Report of the Indian Hemp Drugs Commission, 1894-1895 - Volume IV
Year: 1894
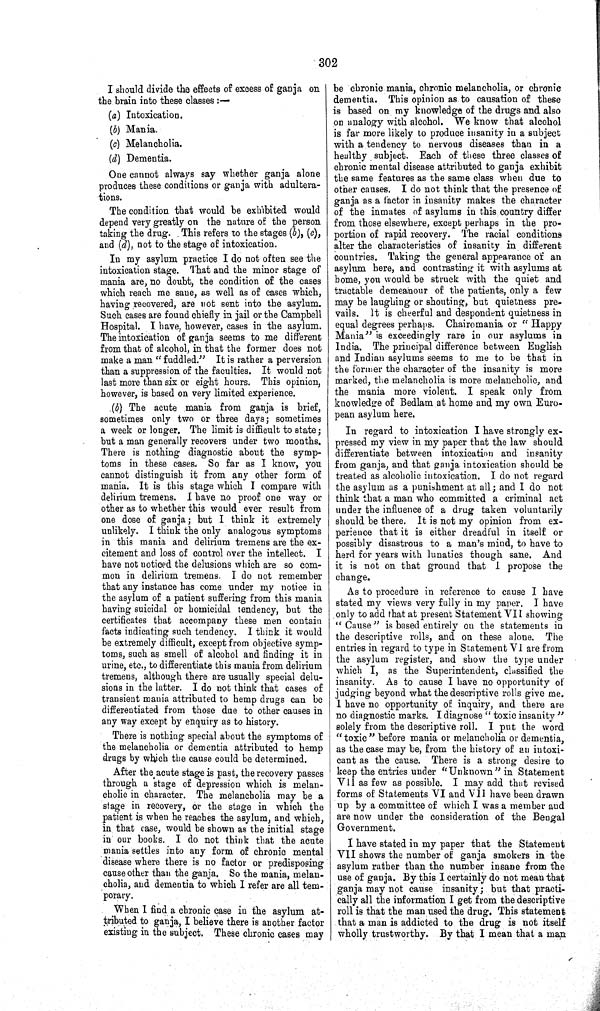
302
I should divide the effects of excess of ganja on
the brain into these classes:—
(a) Intoxication.
(b) Mania.
(c) Melancholia.
(d) Dementia.
One cannot always say whether ganja alone
produces these conditions or ganja with adultera-
tions.
The condition that would be exhibited would
depend very greatly on the nature of the person
taking the drug. This refers to the stages (b), (c),
and (d), not to the stage of intoxication.
In my asylum practice I do not often see the
intoxication stage. That and the minor stage of
mania are, no doubt, the condition of the cases
which reach me sane, as well as of cases which,
having recovered, are not sent into the asylum.
Such cases are found chiefly in jail or the Campbell
Hospital. I have, however, cases in the asylum.
The intoxication of ganja seems to me different
from that of alcohol, in that the former does not
make a man "fuddled." It is rather a perversion
than a suppression of the faculties. It would not
last more than six or eight hours. This opinion,
however, is based on very limited experience.
(b) The acute mania from ganja is brief,
sometimes only two or three days; sometimes
a week or longer. The limit is difficult to state;
but a man generally recovers under two months.
There is nothing diagnostic about the symp-
toms in these cases. So far as I know, you
cannot distinguish it from any other form of
mania. It is this stage which I compare with
delirium tremens. I have no proof one way or
other as to whether this would ever result from
one dose of ganja; but I think it extremely
unlikely. I think the only analogous symptoms
in this mania and delirium tremens are the ex-
citement and loss of control over the intellect. I
have not noticed the delusions which are so com-
mon in delirium tremens. I do not remember
that any instance has come under my notice in
the asylum of a patient suffering from this mania
having suicidal or homicidal tendency, but the
certificates that accompany these men contain
facts indicating such tendency. I think it would
be extremely difficult, except from objective symp-
toms, such as smell of alcohol and finding it in
urine, etc., to differentiate this mania from delirium
tremens, although there are usually special delu-
sions in the latter. I do not think that cases of
transient mania attributed to hemp drugs can be
differentiated from those due to other causes in
any way except by enquiry as to history.
There is nothing special about the symptoms of
the melancholia or dementia attributed to hemp
drugs by which the cause could be determined.
After the acute stage is past, the recovery passes
through a stage of depression which is melan-
cholic in character. The melancholia may be a
stage in recovery, or the stage in which the
patient is when he reaches the asylum, and which,
in that case, would be shown as the initial stage
in our books. I do not think that the acute
mania settles into any form of chronic mental
disease where there is no factor or predisposing
cause other than the ganja. So the mania, melan-
cholia, and dementia to which I refer are all tem-
porary.
When I find a chronic case in the asylum at-
tributed to ganja, I believe there is another factor
existing in the subject. These chronic cases may
be chronic mania, chronic melancholia, or chronic
dementia. This opinion as to causation of these
is based on my knowledge of the drugs and also
on analogy with alcohol. We know that alcohol
is far more likely to produce insanity in a subject
with a tendency to nervous diseases than in a
healthy subject. Each of these three classes of
chronic mental disease attributed to ganja exhibit
the same features as the same class when due to
other causes. I do not think that the presence of
ganja as a factor in insanity makes the character
of the inmates of asylums in this country differ
from those elsewhere, except perhaps in the pro-
portion of rapid recovery. The racial conditions
alter the characteristics of insanity in different
countries. Taking the general appearance of an
asylum here, and contrasting it with asylums at
home, you would be struck with the quiet and
tractable demeanour of the patients, only a few
may be laughing or shouting, but quietness pre-
vails. It is cheerful and despondent quietness in
equal degrees perhaps. Chairomania or "Happy
Mania" is exceedingly rare in our asylums in
India. The principal difference between English
and Indian asylums seems to me to be that in
the former the character of the insanity is more
marked, the melancholia is more melancholic, and
the mania more violent. I speak only from
knowledge of Bedlam at home and my own Euro-
pean asylum here.
In regard to intoxication I have strongly ex-
pressed my view in my paper that the law should
differentiate between intoxication and insanity
from ganja, and that ganja intoxication should be
treated as alcoholic intoxication. I do not regard
the asylum as a punishment at all; and I do not
think that a man who committed a criminal act
under the influence of a drug taken voluntarily
should be there. It is not my opinion from ex-
perience that it is either dreadful in itself or
possibly disastrous to a man's mind, to have to
herd for years with lunatics though sane. And
it is not on that ground that I propose the
change.
As to procedure in reference to cause I have
stated my views very fully in my paper. I have
only to add that at present Statement VII showing
"Cause" is based entirely on the statements in
the descriptive rolls, and on these alone. The
entries in regard to type in Statement VI are from
the asylum register, and show the type under
which I, as the Superintendent, classified the
insanity. As to cause I have no opportunity of
judging beyond what the descriptive rolls give me.
I have no opportunity of inquiry, and there are
no diagnostic marks. I diagnose "toxic insanity"
solely from the descriptive roll. I put the word
"toxic" before mania or melancholia or dementia,
as the case may be, from the history of an intoxi-
cant as the cause. There is a strong desire to
keep the entries under "Unknown" in Statement
VII as few as possible. I may add that revised
forms of Statements VI and VII have been drawn
up by a committee of which I was a member and
are now under the consideration of the Bengal
Government.
I have stated in my paper that the Statement
VII shows the number of ganja smokers in the
asylum rather than the number insane from the
use of ganja. By this I certainly do not mean that
ganja may not cause insanity; but that practi-
cally all the information I get from the descriptive
roll is that the man used the drug. This statement
that a man is addicted to the drug is not itself
wholly trustworthy. By that I mean that a man